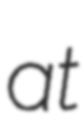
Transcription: at